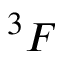
^ 3 F